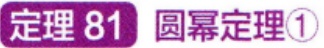
定理 81 圆幂定理\textcircled{1}